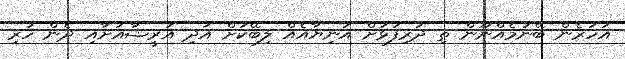
އަހަރެން ބޭނުމެއްނޫން ތި ދަރިފުޅަށް އަނިޔާއެއް ލިބޭކަށް އަދި އަރީޝާއަށާއި ދެން ހުރި